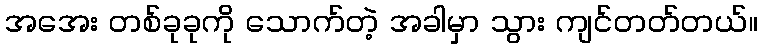
အအေး တစ်ခုခုကို သောက်တဲ့ အခါမှာ သွား ကျင်တတ်တယ်။